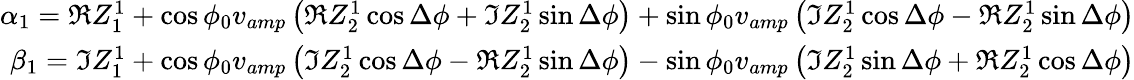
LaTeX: \begin{array}{r}{\alpha_{1}=\Re Z_{1}^{1}+\cos\phi_{0}v_{amp}\left(\Re Z_{2}^{1}\cos\Delta\phi+\Im Z_{2}^{1}\sin\Delta\phi\right)+\sin\phi_{0}v_{amp}\left(\Im Z_{2}^{1}\cos\Delta\phi-\Re Z_{2}^{1}\sin\Delta\phi\right)}\\ {\beta_{1}=\Im Z_{1}^{1}+\cos\phi_{0}v_{amp}\left(\Im Z_{2}^{1}\cos\Delta\phi-\Re Z_{2}^{1}\sin\Delta\phi\right)-\sin\phi_{0}v_{amp}\left(\Im Z_{2}^{1}\sin\Delta\phi+\Re Z_{2}^{1}\cos\Delta\phi\right)}\end{array}